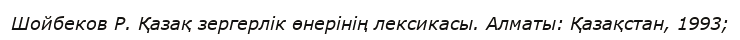
Шойбеков Р. Қазақ зергерлік өнерінің лексикасы. Алматы: Қазақстан, 1993;